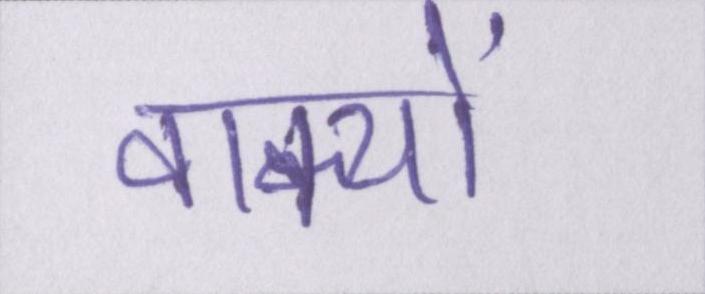
वाक्यों